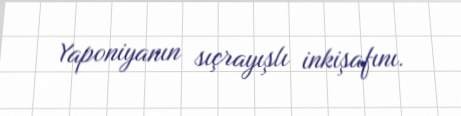
Yaponiyanın sıçrayışlı inkişafını.